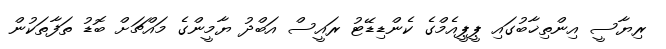
ރިޔާސީ އިންތިޚާބުގައި ޕީޕީއެމްގެ ކެންޑިޑޭޓު ރައީސް އަބްދު ޔާމީންގެ މައްޗަށް ބޮޑު ތަފާތަކުން